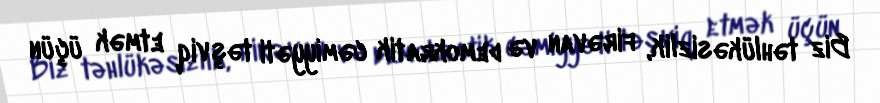
Biz təhlükəsizlik, firəvan və demokratik cəmiyyəti təşviq etmək üçün